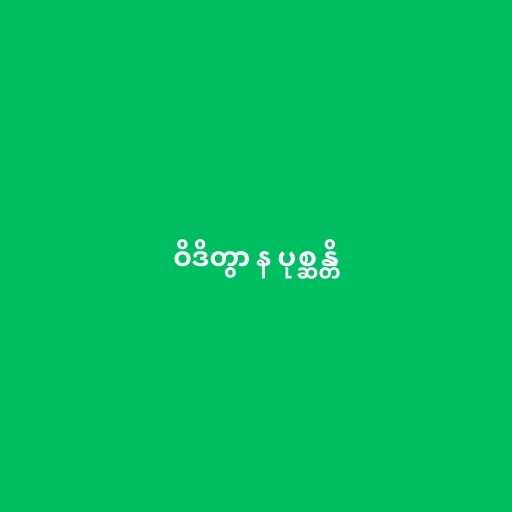
ဝိဒိတွာ န ပုစ္ဆန္တိ